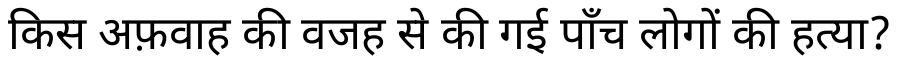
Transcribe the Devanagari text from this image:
किस अफ़वाह की वजह से की गई पाँच लोगों की हत्या?